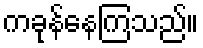
ကခုန်နေကြသည်။